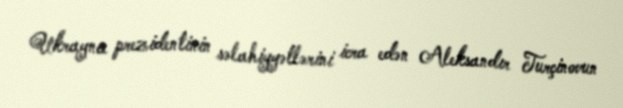
Ukrayna prezidentinin səlahiyyətlərini icra edən Aleksandır Turçinovun